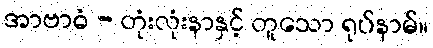
အာဗာဓံ - တုံးလုံးနာနှင့် တူသော ရုပ်နာမ်။